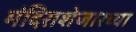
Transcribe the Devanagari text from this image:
मंदिराशेजारच्या